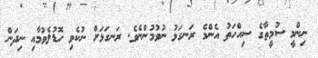
ނިންމީ ސުމީތާގެ ސިއްހަތު އެންމެ ރަނގަޅު ނުވުމުންނެވެ. ރަނގަޅަށް ނުކެވި ހޮޑުލެވުމާއި ނިދަން